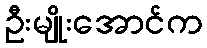
ဦးမျိုးအောင်က